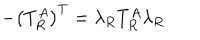
LaTeX: - \left( T _ { R } ^ { A } \right) ^ { T } = \lambda _ { R } T _ { R } ^ { A } \lambda _ { R }